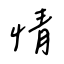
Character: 情